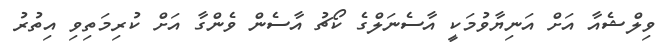
ވިލްޝެއާ އަށް އަނިޔާވުމަކީ އާސެނަލްގެ ކޯޗު އާސެން ވެންގާ އަށް ކުރިމަތިވި އިތުރު